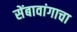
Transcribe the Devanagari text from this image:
सेंबावांगाचा